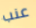
عنب